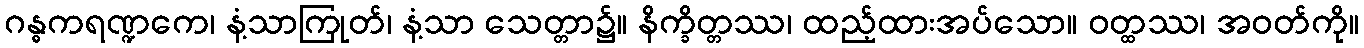
ဂန္ဓကရဏ္ဍကေ၊ နံ့သာကြုတ်၊ နံ့သာ သေတ္တာ၌။ နိက္ခိတ္တဿ၊ ထည့်ထားအပ်သော။ ဝတ္ထဿ၊ အဝတ်ကို။